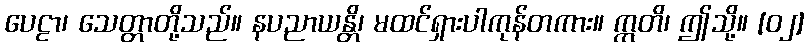
ပေဠာ၊ သေတ္တာတို့သည်။ နပညာယန္တိ၊ မထင်ရှားပါကုန်တကား။ ဣတိ၊ ဤသို့။ [၀၂]